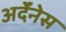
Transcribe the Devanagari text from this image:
अर्देंनेस